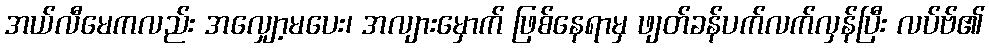
အယ်လီမေကလည်း အလျှော့မပေး၊ အလျားမှောက် ဖြစ်နေရာမှ ဖျတ်ခန်ပက်လက်လှန်ပြီး လပ်ဗ်၏